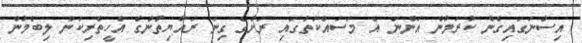
އިސްނަގައިގެން ކުރަމުން އަންނަ އެ މަސައްކަތުގައި ރަށުގެ ގިނަ ރައްޔިތުންގެ އެހީތެރިކަން ލިބެމުން